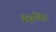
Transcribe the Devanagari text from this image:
ब्रह्मविद